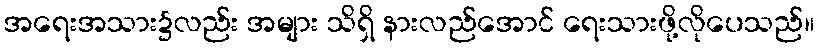
အရေးအသား၌လည်း အများ သိရှိ နားလည်အောင် ရေးသားဖို့လိုပေသည်။